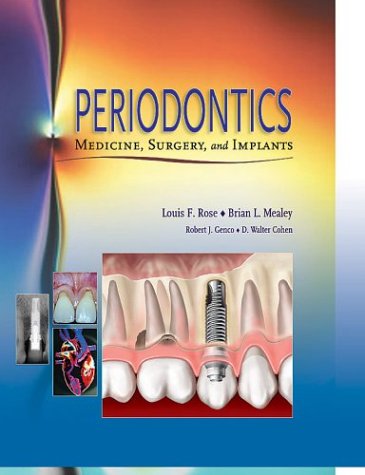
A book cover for Periodontics: Medicine, Surgery and Implants, 1e; Louis F. Rose; Medical Books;